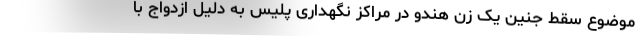
موضوع سقط جنین یک زن هندو در مراکز نگهداری پلیس به دلیل ازدواج با